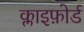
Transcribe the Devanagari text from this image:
क्लाइफ़ोर्ड